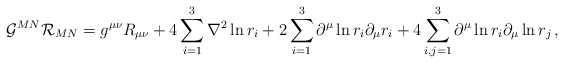
\begin{align*}{\cal G}^{MN}{\cal R}_{MN}=g^{\mu\nu}R_{\mu\nu}+4\sum_{i=1}^3 \nabla^2\ln r_i+2\sum_{i=1}^3 \partial^\mu \ln r_i\partial_\mu r_i+4\sum_{i,j=1}^3\partial^\mu\ln r_i\partial_\mu \ln r_j\,,\end{align*}